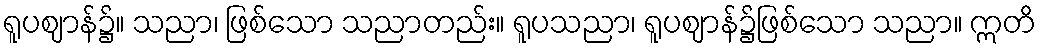
ရူပဈာန်၌။ သညာ၊ ဖြစ်သော သညာတည်း။ ရူပသညာ၊ ရူပဈာန်၌ဖြစ်သော သညာ။ ဣတိ